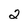
Character: 2